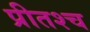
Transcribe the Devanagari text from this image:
प्रीतश्च